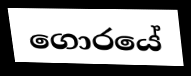
ගොරයේ